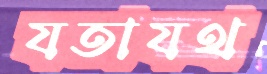
যতাযথ